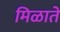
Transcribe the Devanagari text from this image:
मिळाते